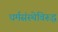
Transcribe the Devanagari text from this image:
धर्मसंस्थेविरूद्ध